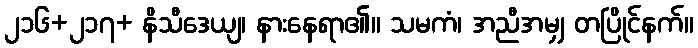
၂၁၆+၂၁၇+ နိသီဒေယျ၊ နားနေရာ၏။ သမကံ၊ အညီအမျှ တပြိုင်နက်။